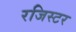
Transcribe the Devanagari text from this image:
रजिस्टर